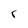
Character: r